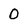
Character: 0